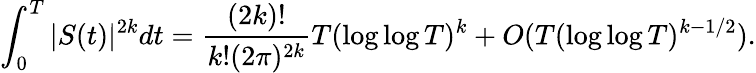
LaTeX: \int_{0}^{T}|S(t)|^{2k}dt={\frac{(2k)!}{k!(2\pi)^{2k}}}T(\log\log T)^{k}+O(T(\log\log T)^{k-1/2}).